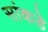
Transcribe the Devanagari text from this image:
सांकडे